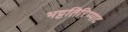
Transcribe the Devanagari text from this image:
भट्टतिरिप्पाट